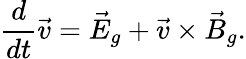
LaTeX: \frac{d}{dt}\vec{v}=\vec{E}_{g}+\vec{v}\times\vec{B}_{g}.